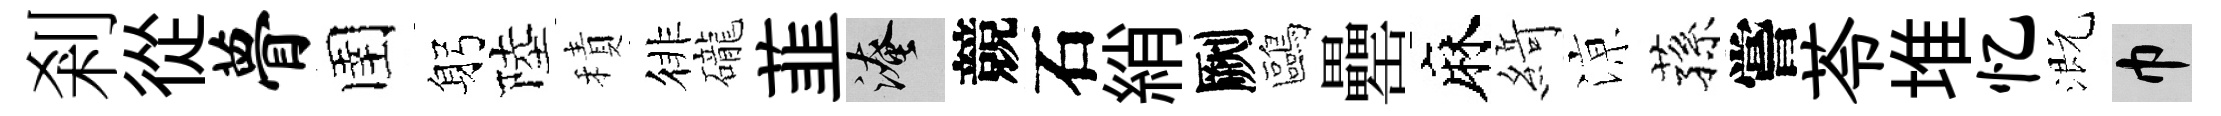
剎從瞢圉躬陸積徘礲韮淹競石綃劂鷗罍麻𦂶鿌蓀嘗苓堆忆溉巾